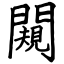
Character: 闚